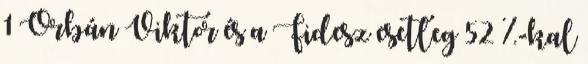
1 Orbán Viktor és a Fidesz esetleg 52 %-kal